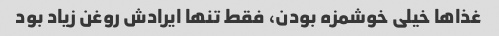
غذاها خیلی خوشمزه بودن، فقط تنها ایرادش روغن زیاد بود